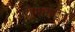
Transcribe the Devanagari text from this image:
शेगावातून